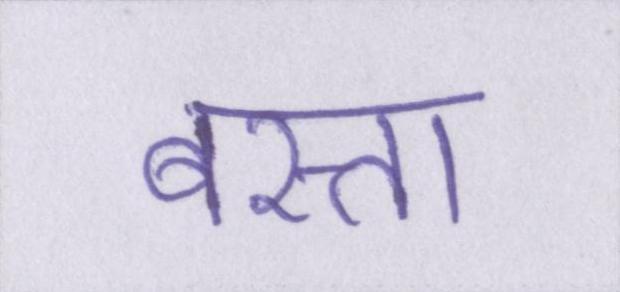
बस्ता